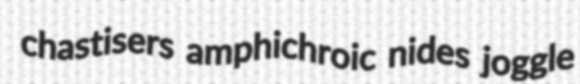
chastisers amphichroic nides joggle